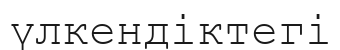
үлкендіктегі